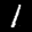
Label: 1